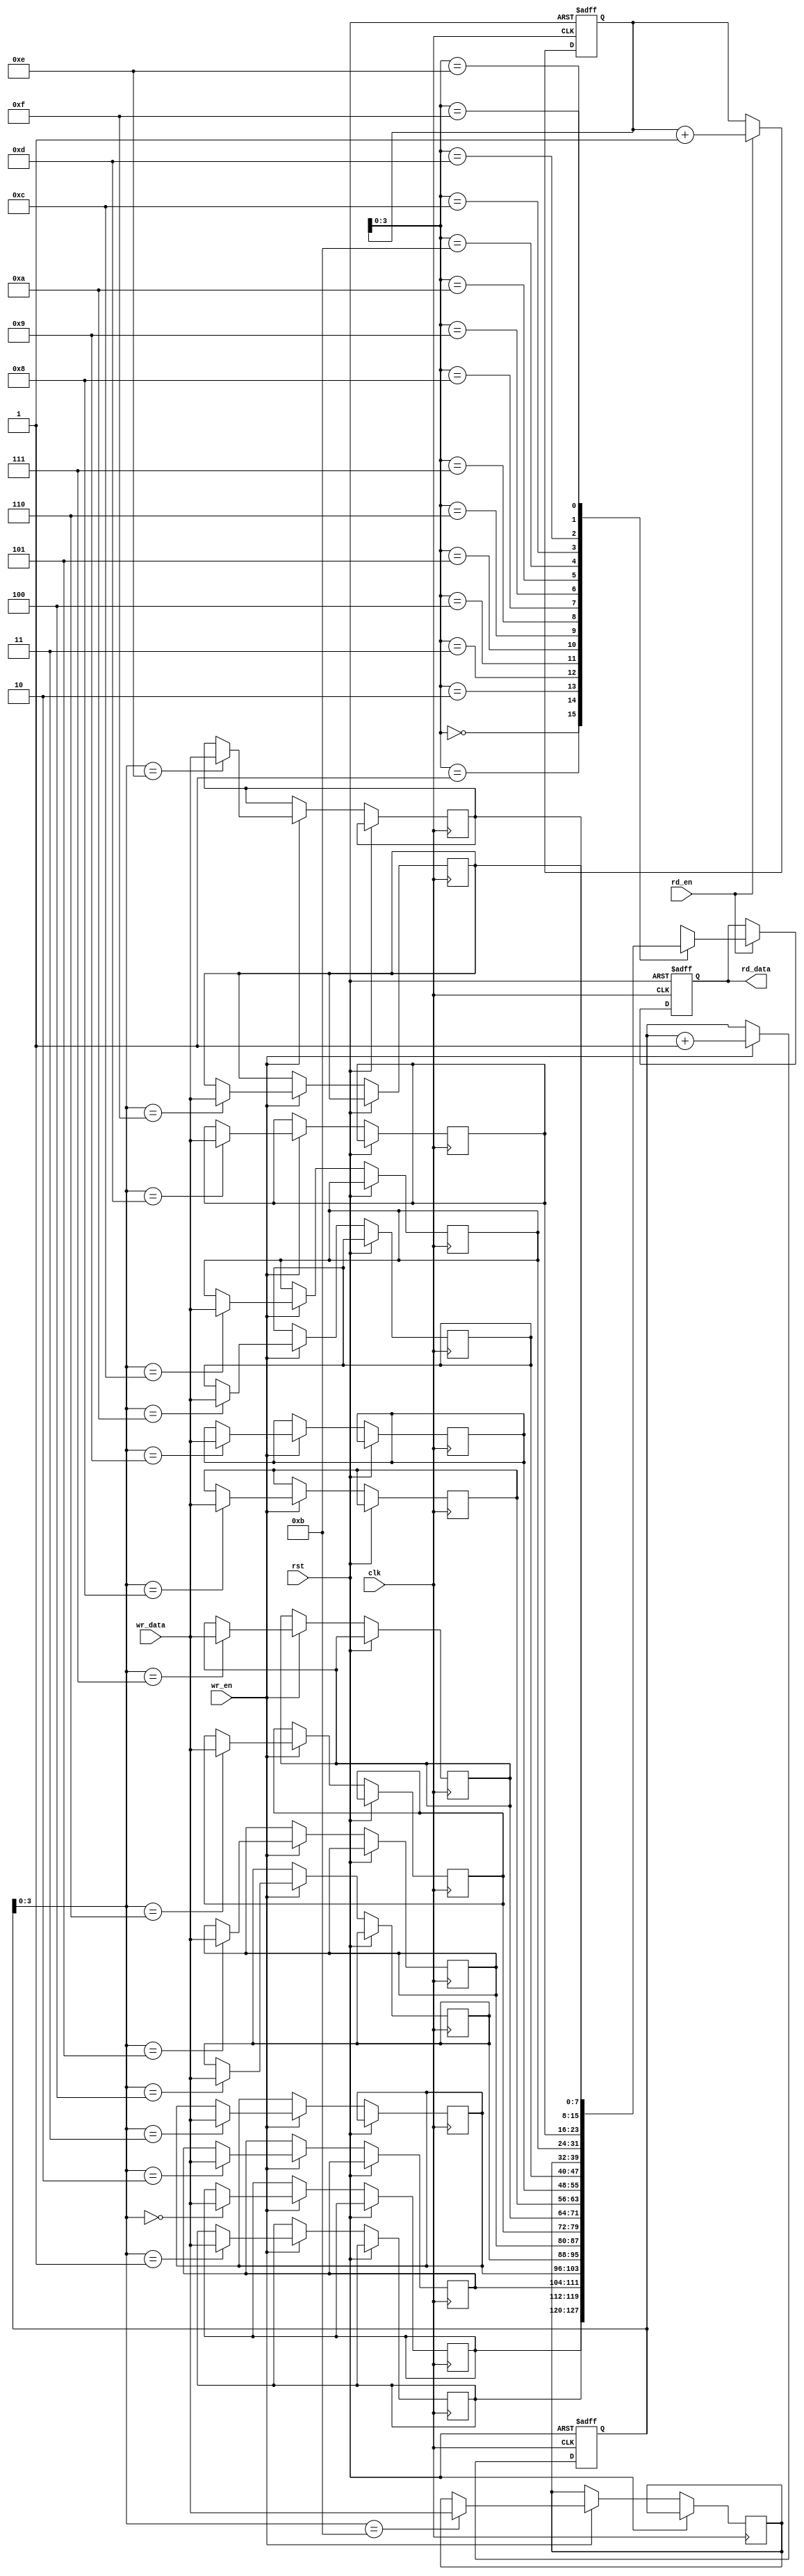
module NonBlockingFIFOBuffer #(parameter DATA_WIDTH = 8, parameter DEPTH = 16)(
    input wire clk,
    input wire rst,
    input wire wr_en,
    input wire [DATA_WIDTH-1:0] wr_data,
    output wire [DATA_WIDTH-1:0] rd_data,
    input wire rd_en
);

reg [DATA_WIDTH-1:0] buffer [DEPTH-1:0];
reg [DATA_WIDTH-1:0] rd_data_reg;
reg [4:0] wr_ptr;
reg [4:0] rd_ptr;

always @(posedge clk or posedge rst) begin
    if (rst) begin
        wr_ptr <= 0;
        rd_ptr <= 0;
        rd_data_reg <= 0;
    end else begin
        if (wr_en) begin
            buffer[wr_ptr] <= wr_data;
            wr_ptr <= wr_ptr + 1;
        end
        
        if (rd_en) begin
            rd_data_reg <= buffer[rd_ptr];
            rd_ptr <= rd_ptr + 1;
        end
    end
end

assign rd_data = rd_data_reg;

endmodule